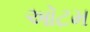
ઑટમ